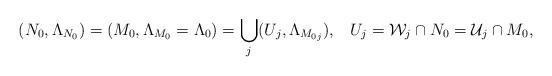
LaTeX: \begin{align*}(N_0,\Lambda_{N_0})=(M_0,\Lambda_{M_0}=\Lambda_0)=\bigcup_j (U_j,\Lambda_{M_{0j}}),\,\,\,\,\,U_j=\mathcal{W}_j\cap N_0=\mathcal{U}_j\cap M_0,\end{align*}